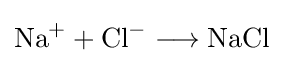
{\mathrm {Na} {\vphantom {A}}^{+}{}+{}\mathrm {Cl} {\vphantom {A}}^{-}{}\mathrel {\longrightarrow } {}\mathrm {NaCl} }